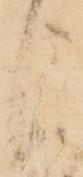
よ